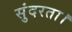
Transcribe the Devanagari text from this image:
सुंदरता।